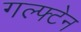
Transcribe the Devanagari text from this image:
गल्फ्टेन